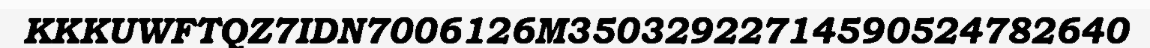
KKKUWFTQZ7IDN7006126M35032922714590524782640